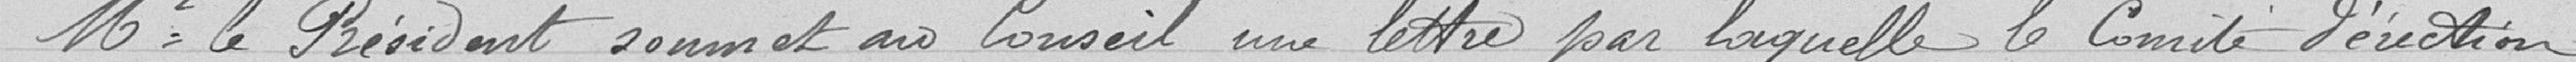
Monsieur le Président soumet au Conseil une lettre par laquelle le Comité d'érection